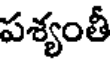
పశ్యంతీ